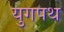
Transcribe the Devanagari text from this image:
युगपथ